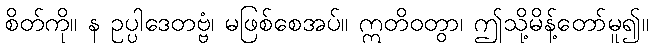
စိတ်ကို။ န ဥပ္ပါဒေတဗ္ဗံ၊ မဖြစ်စေအပ်။ ဣတိဝတွာ၊ ဤသို့မိန့်တော်မူ၍။